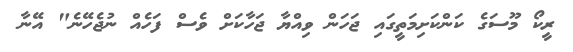
ރީކޯ މޫސަގެ ކަންކަށިމަތީގައި ޖަހަން ވިއްޔާ ޖަހާކަށް ވެސް ފަހެއް ނުޖެހޭނެ" އޭނާ